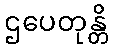
ဌပေတုန္တိ